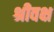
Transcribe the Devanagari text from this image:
श्रीवक्ष